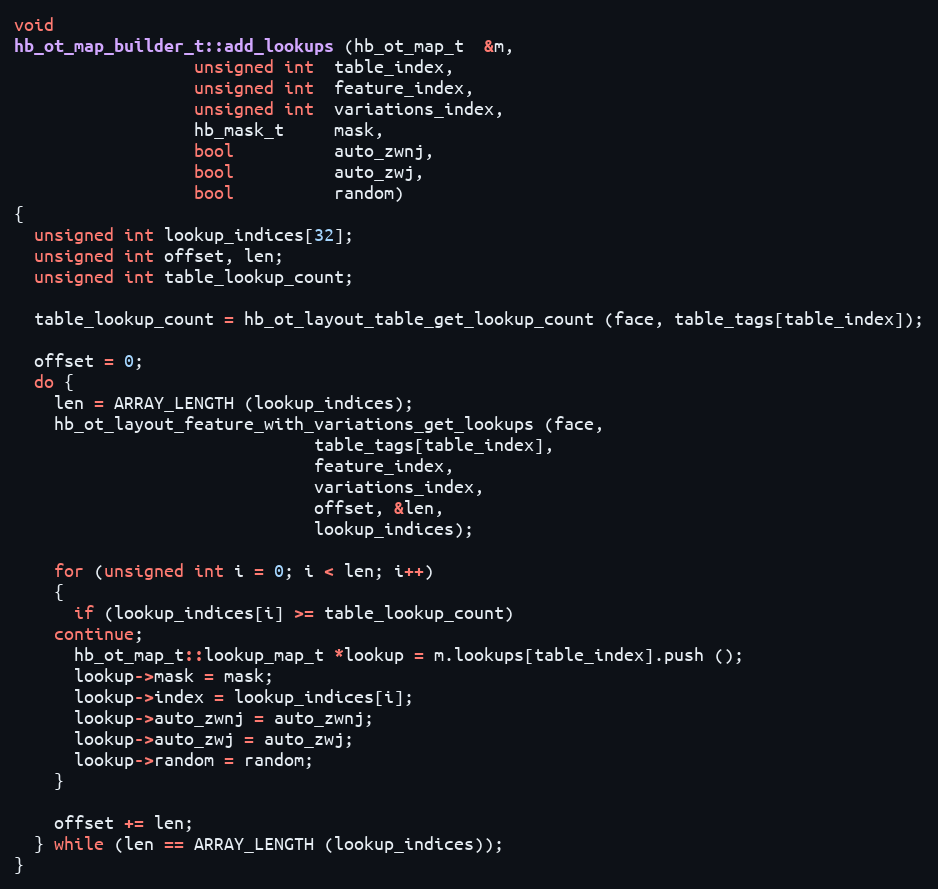
Language: C++
void
hb_ot_map_builder_t::add_lookups (hb_ot_map_t  &m,
				  unsigned int  table_index,
				  unsigned int  feature_index,
				  unsigned int  variations_index,
				  hb_mask_t     mask,
				  bool          auto_zwnj,
				  bool          auto_zwj,
				  bool          random)
{
  unsigned int lookup_indices[32];
  unsigned int offset, len;
  unsigned int table_lookup_count;

  table_lookup_count = hb_ot_layout_table_get_lookup_count (face, table_tags[table_index]);

  offset = 0;
  do {
    len = ARRAY_LENGTH (lookup_indices);
    hb_ot_layout_feature_with_variations_get_lookups (face,
						      table_tags[table_index],
						      feature_index,
						      variations_index,
						      offset, &len,
						      lookup_indices);

    for (unsigned int i = 0; i < len; i++)
    {
      if (lookup_indices[i] >= table_lookup_count)
	continue;
      hb_ot_map_t::lookup_map_t *lookup = m.lookups[table_index].push ();
      lookup->mask = mask;
      lookup->index = lookup_indices[i];
      lookup->auto_zwnj = auto_zwnj;
      lookup->auto_zwj = auto_zwj;
      lookup->random = random;
    }

    offset += len;
  } while (len == ARRAY_LENGTH (lookup_indices));
}